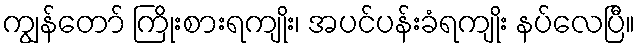
ကျွန်တော် ကြိုးစားရကျိုး၊ အပင်ပန်းခံရကျိုး နပ်လေပြီ။